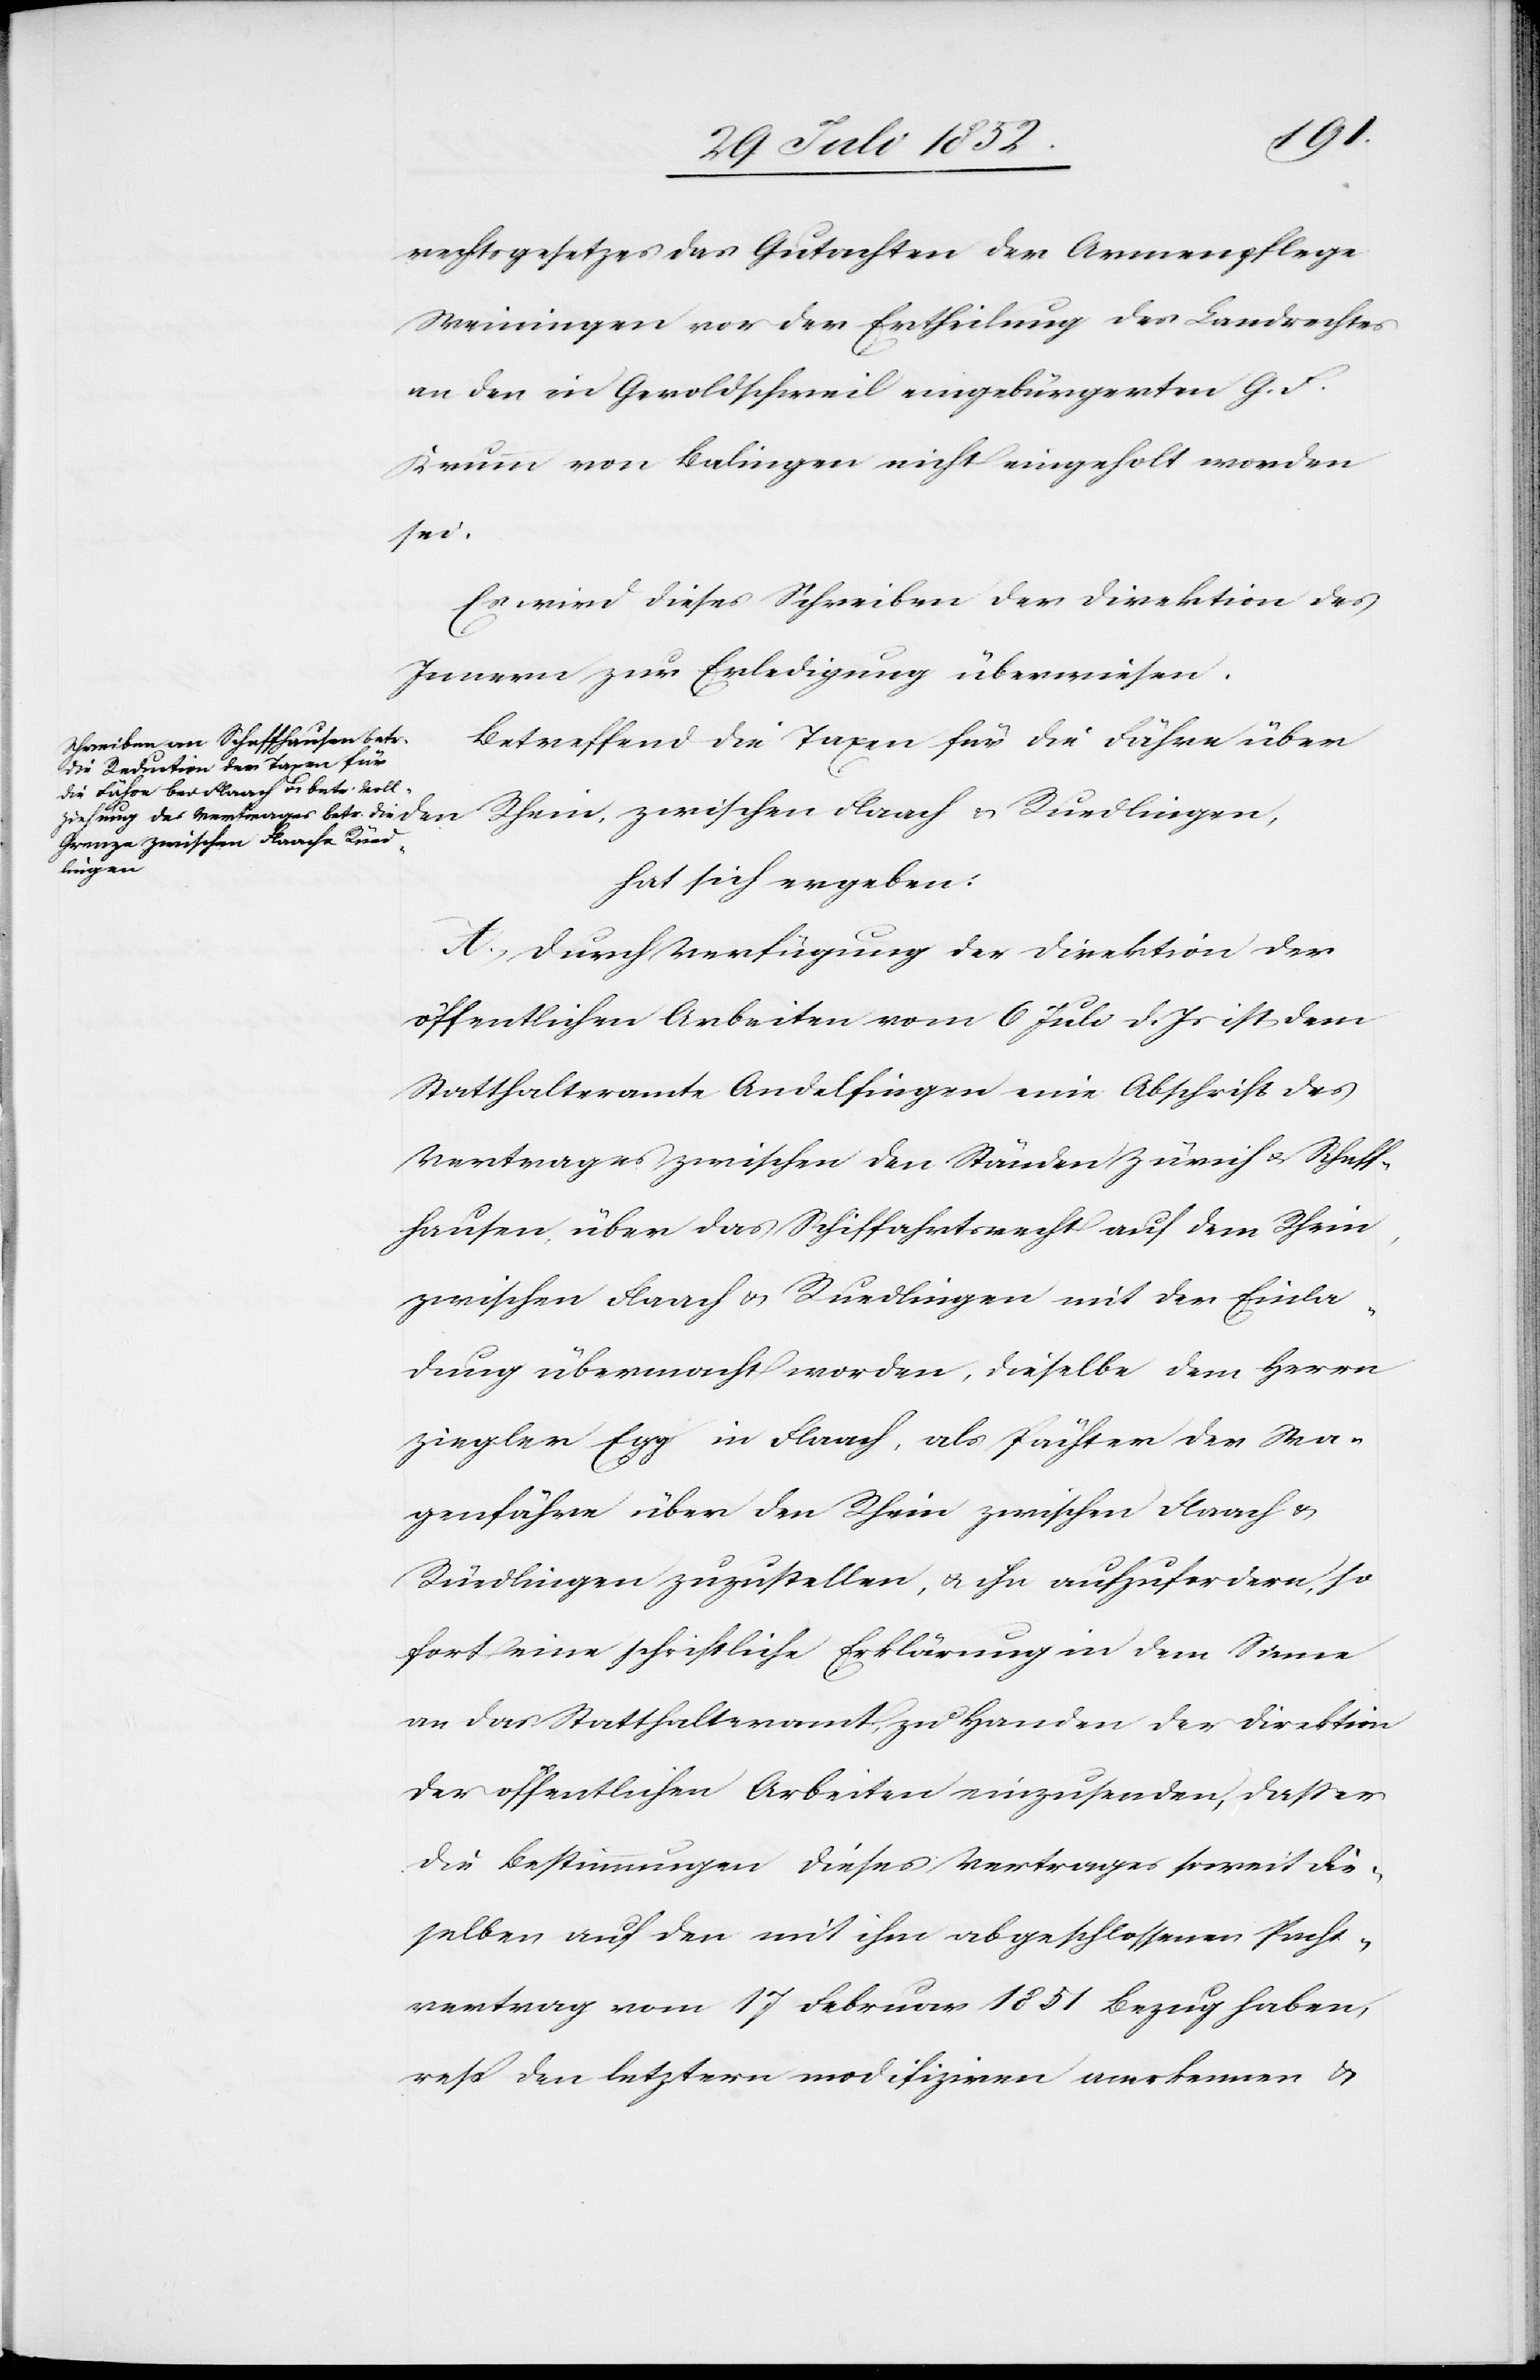
rechtsgesetzes das Gutachten der Armenpflege
Weiningen vor der Ertheilung des Landrechtes
an den in Geroldschweil eingebürgerten G.
Krumm von Balingen nicht eingeholt worden
sei.
Es wird dieses Schreiben der Direktion des
Innern zur Erledigung überwiesen.
Betreffend die Taxen für die Fähre über
Rhein, zwischen Flaach & Rued¬
lingen,
hat sich ergeben:
A, Durch Verfügung der Direktion der
öffentlichen Arbeiten vom 6 Juli d. Js ist dem
Statthalteramte Andelfingen eine Abschrift des
Vertrages zwischen den Ständen Zürich & Schaff¬
hausen über das Schiffahrtsrecht auf dem Rhein,
zwischen Flaach & Ruedlingen mit der Einla¬
dung übermacht worden, dieselbe dem Herrn
Ziegler Egg in Flaach, als Pächter der Wa¬
genfähre über den Rhein zwischen Flaach &
Rüedlingen zuzustellen, & ihn aufzufordern, so
[sic!] eine schriftliche Erklärung in dem Sinne
an das Statthalteramt, zu Handen der Direktion
der öffentlichen Arbeiten einzusenden, dass er
die Bestimmungen dieses Vertrages soweit die¬
selben auf den mit ihm abgeschlossenen Pacht¬
vertrag vom 17 Februar 1851 Bezug haben,
resp den letztern modifiziren anerkennen &